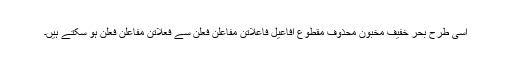
اسی طرح بحر خفیف مخبون محذوف مقطوع افاعیل فاعلاتن مفاعلن فعلن سے فعلاتن مفاعلن فعلن ہو سکتے ہیں۔